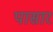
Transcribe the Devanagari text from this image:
पासार